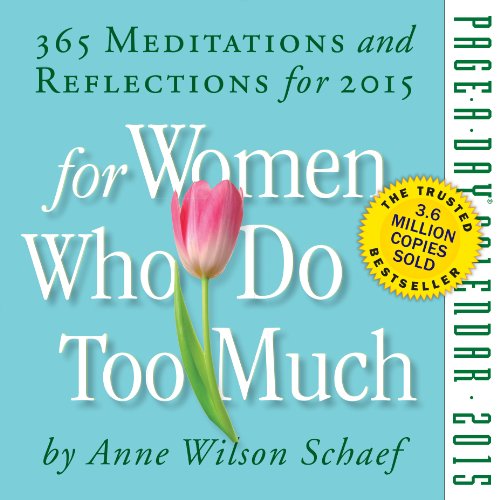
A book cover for For Women Who Do Too Much 2015 Page-A-Day Calendar; Anne Wilson Schaef; Calendars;